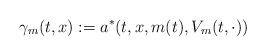
LaTeX: \begin{align*}\gamma_m(t,x) := a^\ast(t,x,m(t),V_m(t,\cdot))\end{align*}